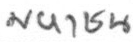
มหาชน